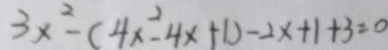
3 x ^ { 2 } - ( 4 x ^ { 2 } - 4 x + 1 ) - 2 x + 1 + 3 = 0